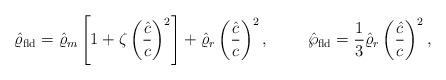
LaTeX: \begin{align*}\hat{\varrho}_{\rm fld}=\hat{\varrho}_m\left[1+\zeta\left({\hat{c}\over c}\right)^2\right]+\hat{\varrho}_r\left({\hat{c}\over c}\right)^2,\ \ \ \ \ \ \ \hat{\wp}_{\rm fld}={1\over 3}\hat{\varrho}_r\left({\hat{c}\over c}\right)^2,\end{align*}